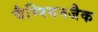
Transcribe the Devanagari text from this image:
चैम्पियनजैक